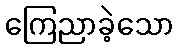
ကြေညာခဲ့သော